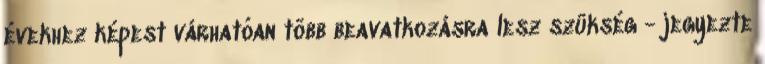
évekhez képest várhatóan több beavatkozásra lesz szükség - jegyezte